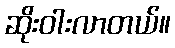
ဆိုးဝါးလာတယ်။